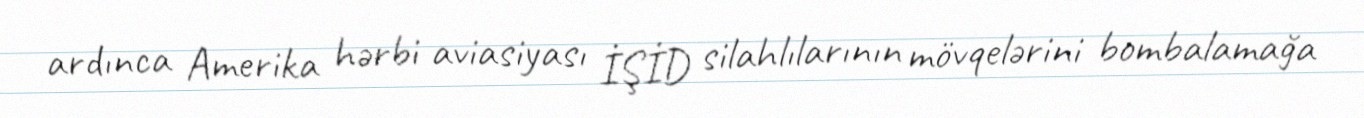
ardınca Amerika hərbi aviasiyası İŞİD silahlılarının mövqelərini bombalamağa